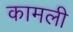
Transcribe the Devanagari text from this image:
कामली